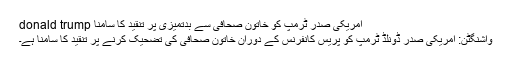
امریکی صدر ٹرمپ کو خاتون صحافی سے بدتمیزی پر تنقید کا سامنا donald trump
واشنگٹن: امریکی صدر ڈونلڈ ٹرمپ کو پریس کانفرنس کے دوران خاتون صحافی کی تضحیک کرنے پر تنقید کا سامنا ہے۔